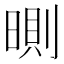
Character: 𣉇